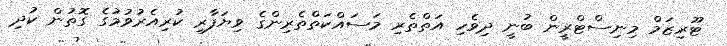
ޓޫރިޒަމް މިނިސްޓްރީން ބުނީ ދިވެހި އަތްތެރި މަސައްކަތްތެރިންގެ ވިޔަފާރި ކުރިއެރުވުމުގެ ގޮތުން ކުދި